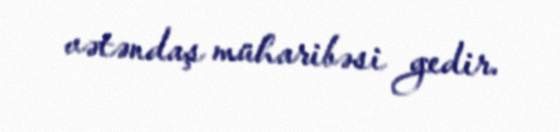
vətəndaş müharibəsi gedir.